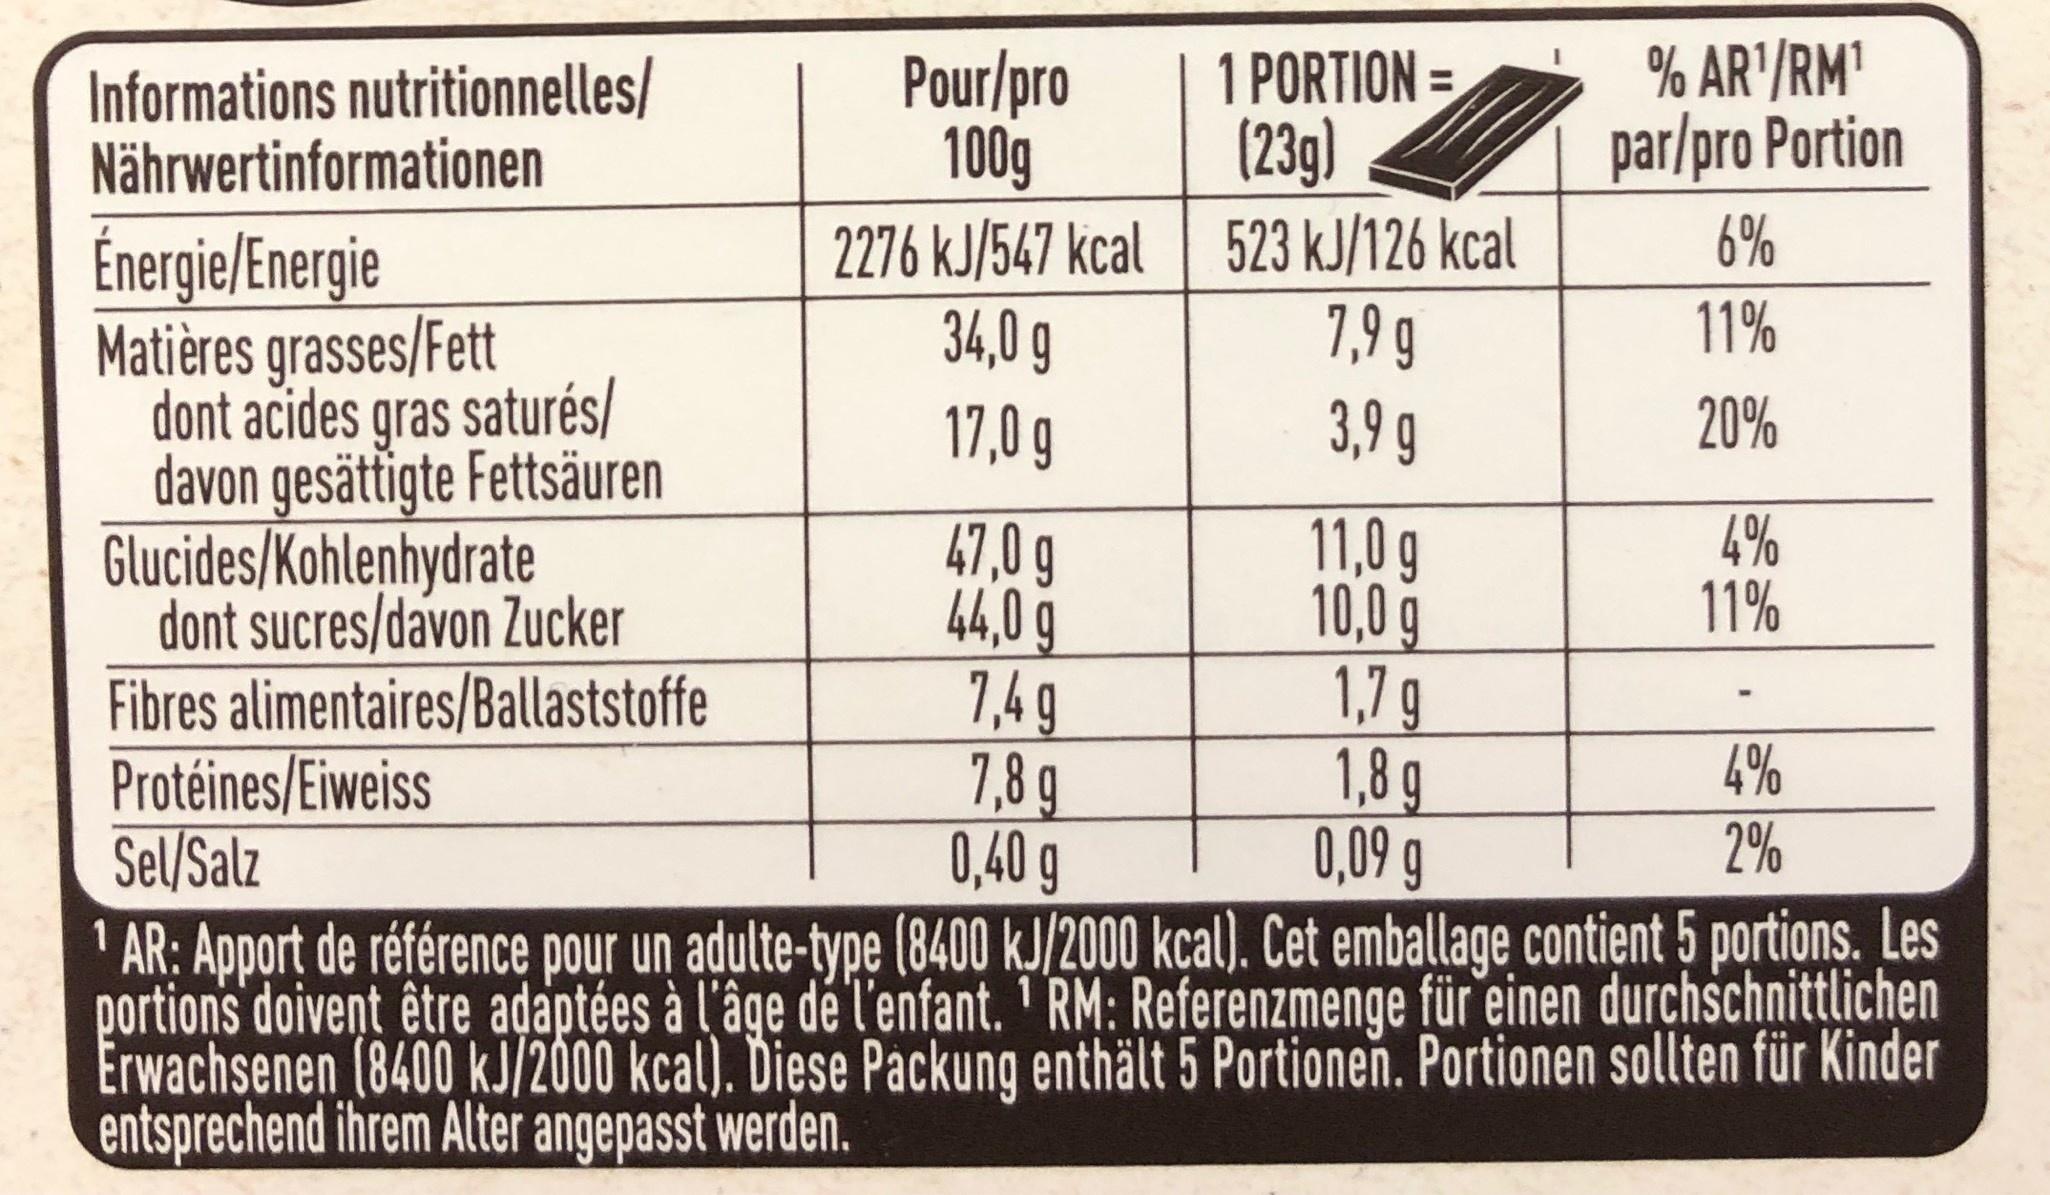
Informations nutritionnelles/
Nährwertinformationen
Énergie/Energie Matières grasses/Fett dont acides gras saturés/ davon gesättigte Fettsäuren
Glucides/Kohlenhydrate
Pour/pro
1 PORTION= (23g)
100g
2276 kJ/547 kcal 523 kJ/126 kcal
34,0 g
7,9g
17,0 g
3,9 g
dont sucres/davon Zucker
Fibres alimentaires/Ballaststoffe
47,0 g
44,0 g
7,49
7,8g
Protéines/Eiweiss
0,40 g
0,09 g
Sel/Salz
1
¹AR: Apport de référence pour un adulte-type (8400 kJ/2000 kcal). Cet emballage contient 5 portions. Les portions doivent être adaptées à l'âge de l'enfant. ¹RM: Referenzmenge für einen durchschnittlichen Erwachsenen (8400 kJ/2000 kcal). Diese Packung enthält 5 Portionen. Portionen sollten für Kinder entsprechend ihrem Alter angepasst werden.
% AR¹/RM¹ par/pro Portion
11,0 g
10,0 g
1,7 g
1,8 g
6%
11%
20%
4%
11%
4%
2%